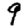
Digit: 9